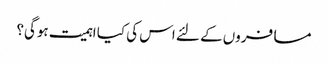
مسافروں کے لئے اس کی کیا اہمیت ہوگی؟